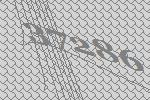
37286